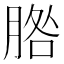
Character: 𦜵